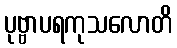
ပုဗ္ဗာပရကုသလောတိ